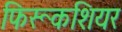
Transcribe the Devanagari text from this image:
फिरूकशियर